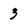
Character: 3